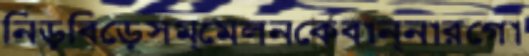
নিড়বিড়েসম্মেলনকেবান্নারগো